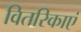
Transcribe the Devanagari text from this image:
वितरिकाएं